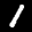
Label: 1